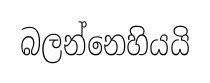
බලන්නෙහියයි